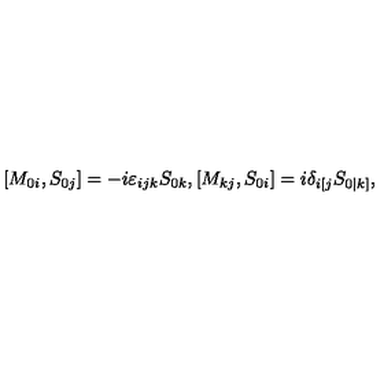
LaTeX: [ M _ { 0 i } , S _ { 0 j } ] = - i \varepsilon _ { i j k } S _ { 0 k } , [ M _ { k j } , S _ { 0 i } ] = i \delta _ { i [ j } S _ { 0 | k ] } ,